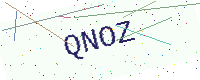
Text: QNOZ